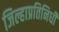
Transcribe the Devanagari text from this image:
जिल्हाप्रतिनिधी